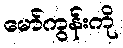
မော်ကွန်းကို